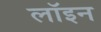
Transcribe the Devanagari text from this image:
लॉइन